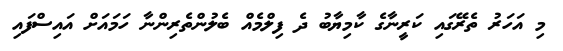
މި އަހަރު ތެރޭގައި ކަރީނާގެ ކާމިޔާބު ދެ ފިލްމެއް ބެލުންތެރިންނާ ހަމައަށް އައިސްފައި